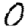
Digit: 0